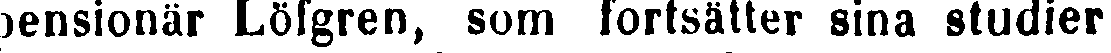
pensionär Löfgren, som fortsätter sina studier